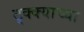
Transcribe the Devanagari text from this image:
ट्क्क्याच्या